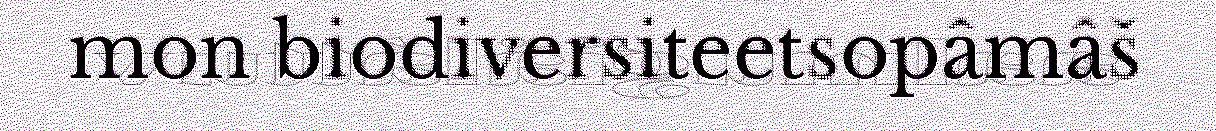
mon biodiversiteetsopâmâš